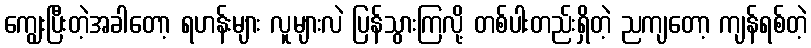
ကျွေးပြီးတဲ့အခါတော့ ရဟန်းများ လူများလဲ ပြန်သွားကြလို့ တစ်ပါးတည်းရှိတဲ့ ညကျတော့ ကျန်ရစ်တဲ့